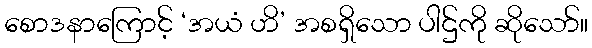
စောဒနာကြောင့် ‘အယံ ဟိ’ အစရှိသော ပါဌ်ကို ဆိုသော်။